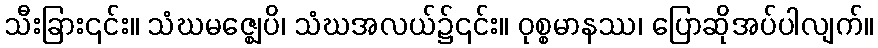
သီးခြား၎င်း။ သံဃမဇ္ဈေပိ၊ သံဃအလယ်၌၎င်း။ ဝုစ္စမာနဿ၊ ပြောဆိုအပ်ပါလျက်။